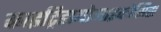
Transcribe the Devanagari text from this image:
काइट्रिडायोमाइकोसिस